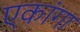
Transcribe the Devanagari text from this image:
एकांगा